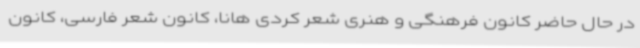
در حال حاضر کانون فرهنگی و هنری شعر کردی هانا، کانون شعر فارسی، کانون